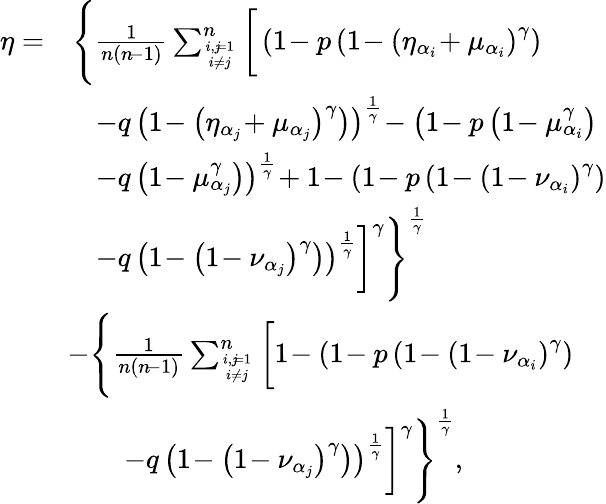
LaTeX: \begin{array}{rl}{\eta=}&{\Bigg\{ \frac{1}{n(n\! -1)}\sum_{i,j\! =1\atop i\neq j}^{n}\bigg[\left(1\! -p\left(1\! -\left(\eta_{\alpha_{i}}\! +\mu_{\alpha_{i}}\right)^{\gamma}\right)\right.\bigg.\Bigg.}\\ &{\quad\left.\! -q\left(1\! -\left(\eta_{\alpha_{j}}\! +\mu_{\alpha_{j}}\right)^{\gamma}\right)\right)^{\frac{1}{\gamma}}\! -\left(1\! -p\left(1\! -\mu_{\alpha_{i}}^{\gamma}\right)\right.}\\ &{\quad\left.\! -q\left(1\! -\mu_{\alpha_{j}}^{\gamma}\right)\right)^{\frac{1}{\gamma}}\! +1\! -\left(1\! -p\left(1\! -\left(1\! -\nu_{\alpha_{i}}\right)^{\gamma}\right)\right.}\\ &{\quad\Bigg.\bigg.\left.\! -q\left(1\! -\left(1\! -\nu_{\alpha_{j}}\right)^{\gamma}\right)\right)^{\frac{1}{\gamma}}\bigg]^{\gamma}\Bigg\} ^{\frac{1}{\gamma}}}\\ &{\! -\Bigg\{ \frac{1}{n(n\! -1)}\sum_{i,j\! =1\atop i\neq j}^{n}\bigg[1\! -\left(1\! -p\left(1\! -\left(1\! -\nu_{\alpha_{i}}\right)^{\gamma}\right)\right.\bigg.\Bigg.}\\ &{\quad\quad\Bigg.\bigg.\left.\! -q\left(1\! -\left(1\! -\nu_{\alpha_{j}}\right)^{\gamma}\right)\right)^{\frac{1}{\gamma}}\bigg]^{\gamma}\Bigg\} ^{\frac{1}{\gamma}},}\end{array}